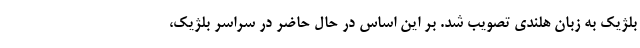
بلژیک به زبان هلندی تصویب شد. بر این اساس در حال حاضر در سراسر بلژیک،